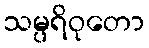
သမ္ပရိဝုတော